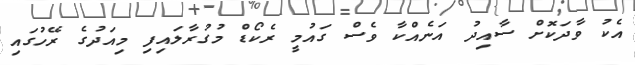
އެކު ވާދަކޮށް ސާއިދު އަނެއްކާ ވެސް ގައުމީ ރެކޯޑް މުގުރާލައިފި މިއަދުގެ ރޭހުގައި